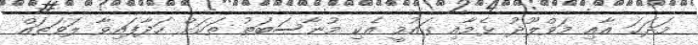
މަދަޙަ އާއި މަވްލޫދު ޅެމާއި ގައުމީ އެކި މުނާސަބަތު ތަކަށް ހަދާފައިވާ ލަވަތައް